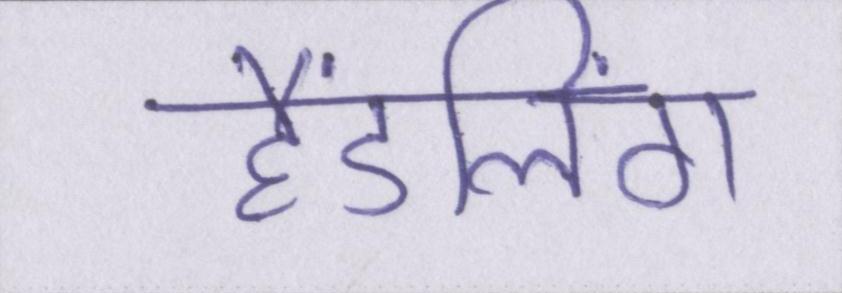
हैंडलिंग